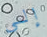
إلى